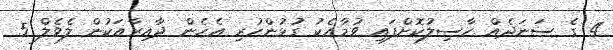
4 ގެ ސަނަދެއް ހާސިލުކޮށްފައި ވުމާއެކު ގުޅުންހުރި އެހެން ދާއިރާއަކުން ލެވެލް 5